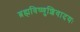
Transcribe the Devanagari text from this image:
ब्रह्मविष्णुशिवादयः